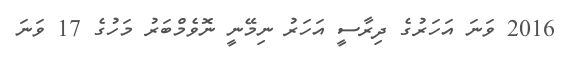
2016 ވަނަ އަހަރުގެ ދިރާސީ އަހަރު ނިމޭނީ ނޮވެމްބަރު މަހުގެ 17 ވަނަ